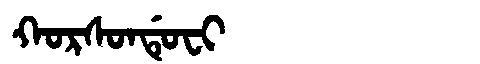
Manchu: ᡴᠣᡵᠰᠣᠨᡩᡠᠸᡳ
Romanization: KORSONDUFI